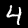
Digit: 4